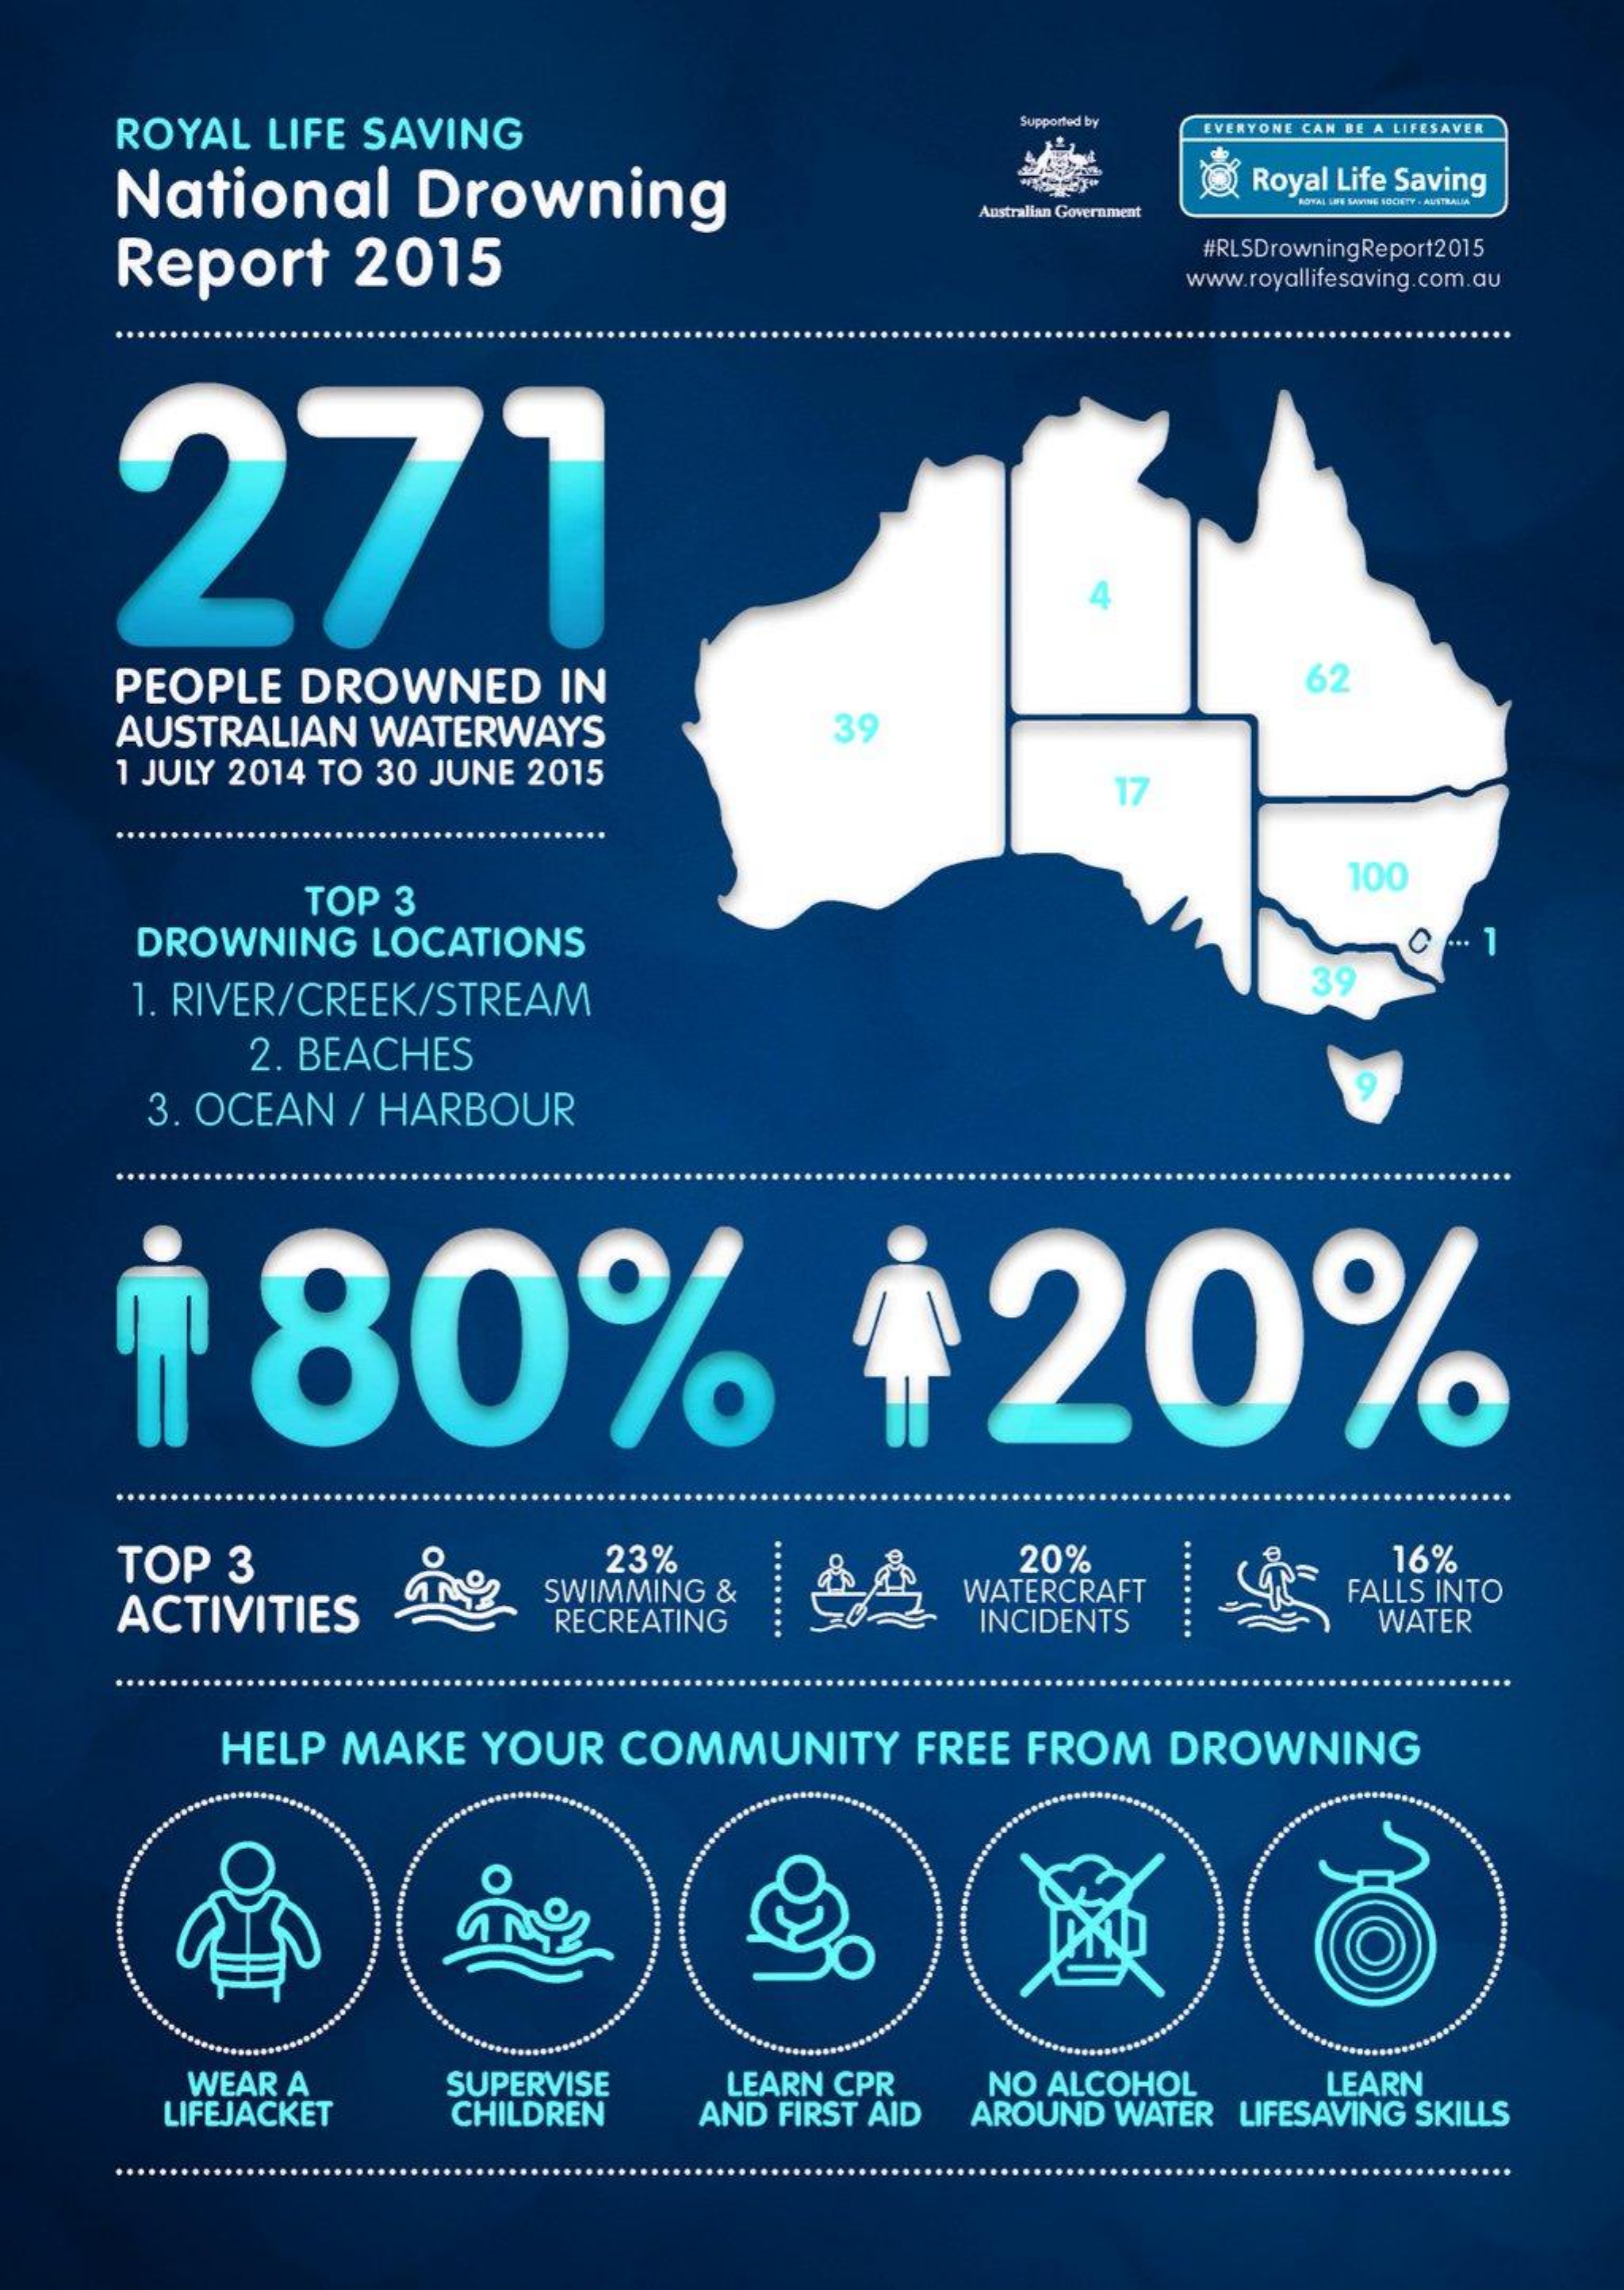
ROYAL LIFE SAVING
     Supported by EVERYONE CAN BE A LIFESAVER
    National Drowning
     Royal Life Saving
     Australian Government
     MORAL WIFE SAYTHE SOCIETY . AUSTRALIA
    Report 2015
     #RLSDrowningReport2015
     www.royallifesaving.com.au
    271
    PEOPLE DROWNED IN    62
    AUSTRALIAN WATERWAYS  39
    1 JULY 2014 TO 30 JUNE 2015
     17
     TOP 3
     100
     DROWNING LOCATIONS
    1. RIVER/CREEK/STREAM
     39
     2. BEACHES
     3. OCEAN / HARBOUR
     80%    +20%
    TOP 3    23%
     SWIMMING &
     20%    16%
    ACTIVITIES    RECREATING
     WATERCRAFT
     INCIDENTS
     FALLS INTO
     WATER
     HELP MAKE YOUR COMMUNITY FREE FROM DROWNING
     WEAR A
     LIFEJACKET
     SUPERVISE
     CHILDREN
     LEARN CPR
     AND FIRST AID
     NO ALCOHOL
     AROUND WATER LIFESAVING SKILLS
     LEARN